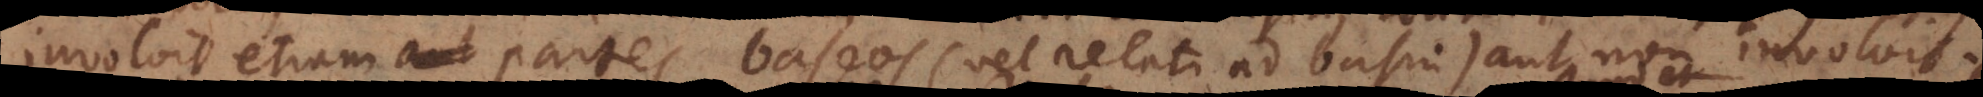
involvit etiam aut partes baseos (vel relati ad basin) aut non involvit.